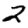
Digit: 2